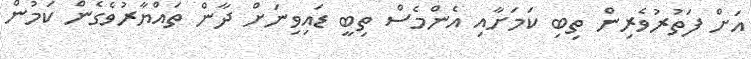
އަށް ފަތުރުވެރިން ތިބި ކަމަށާއި އެންމެސް ތިބީ ޑައިވިނަށް ދާން ތައްޔާރުވެގެން ކަމުން